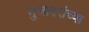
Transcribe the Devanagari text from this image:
मुजावरांच्या